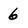
Character: 6